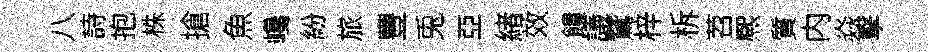
八詩抱株搶魚巉紛旅豐兎亞緖效饋議鵞梓柝苕熈質内焱擊